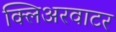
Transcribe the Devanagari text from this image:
क्लिअरवाटर